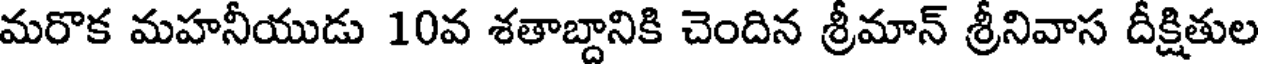
మరొక మహనీయుడు 10వ శతాబ్దానికి చెందిన శ్రీమాన్ శ్రీనివాస దీక్షితుల